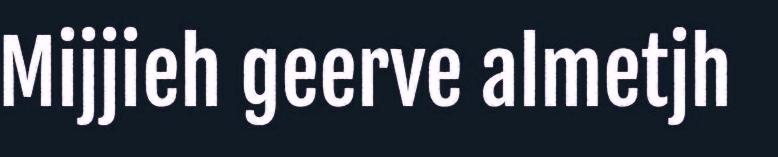
Mijjieh geerve almetjh